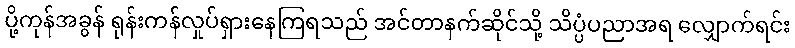
ပို့ကုန်အခွန် ရုန်းကန်လှုပ်ရှားနေကြရသည် အင်တာနက်ဆိုင်သို့ သိပ္ပံပညာအရ လျှောက်ရင်း